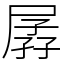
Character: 孱